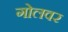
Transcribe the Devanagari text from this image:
गोलवर